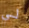
لي